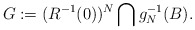
\begin{align*} G := ( R^{-1}(0) )^N \bigcap g_N^{-1}(B).\end{align*}